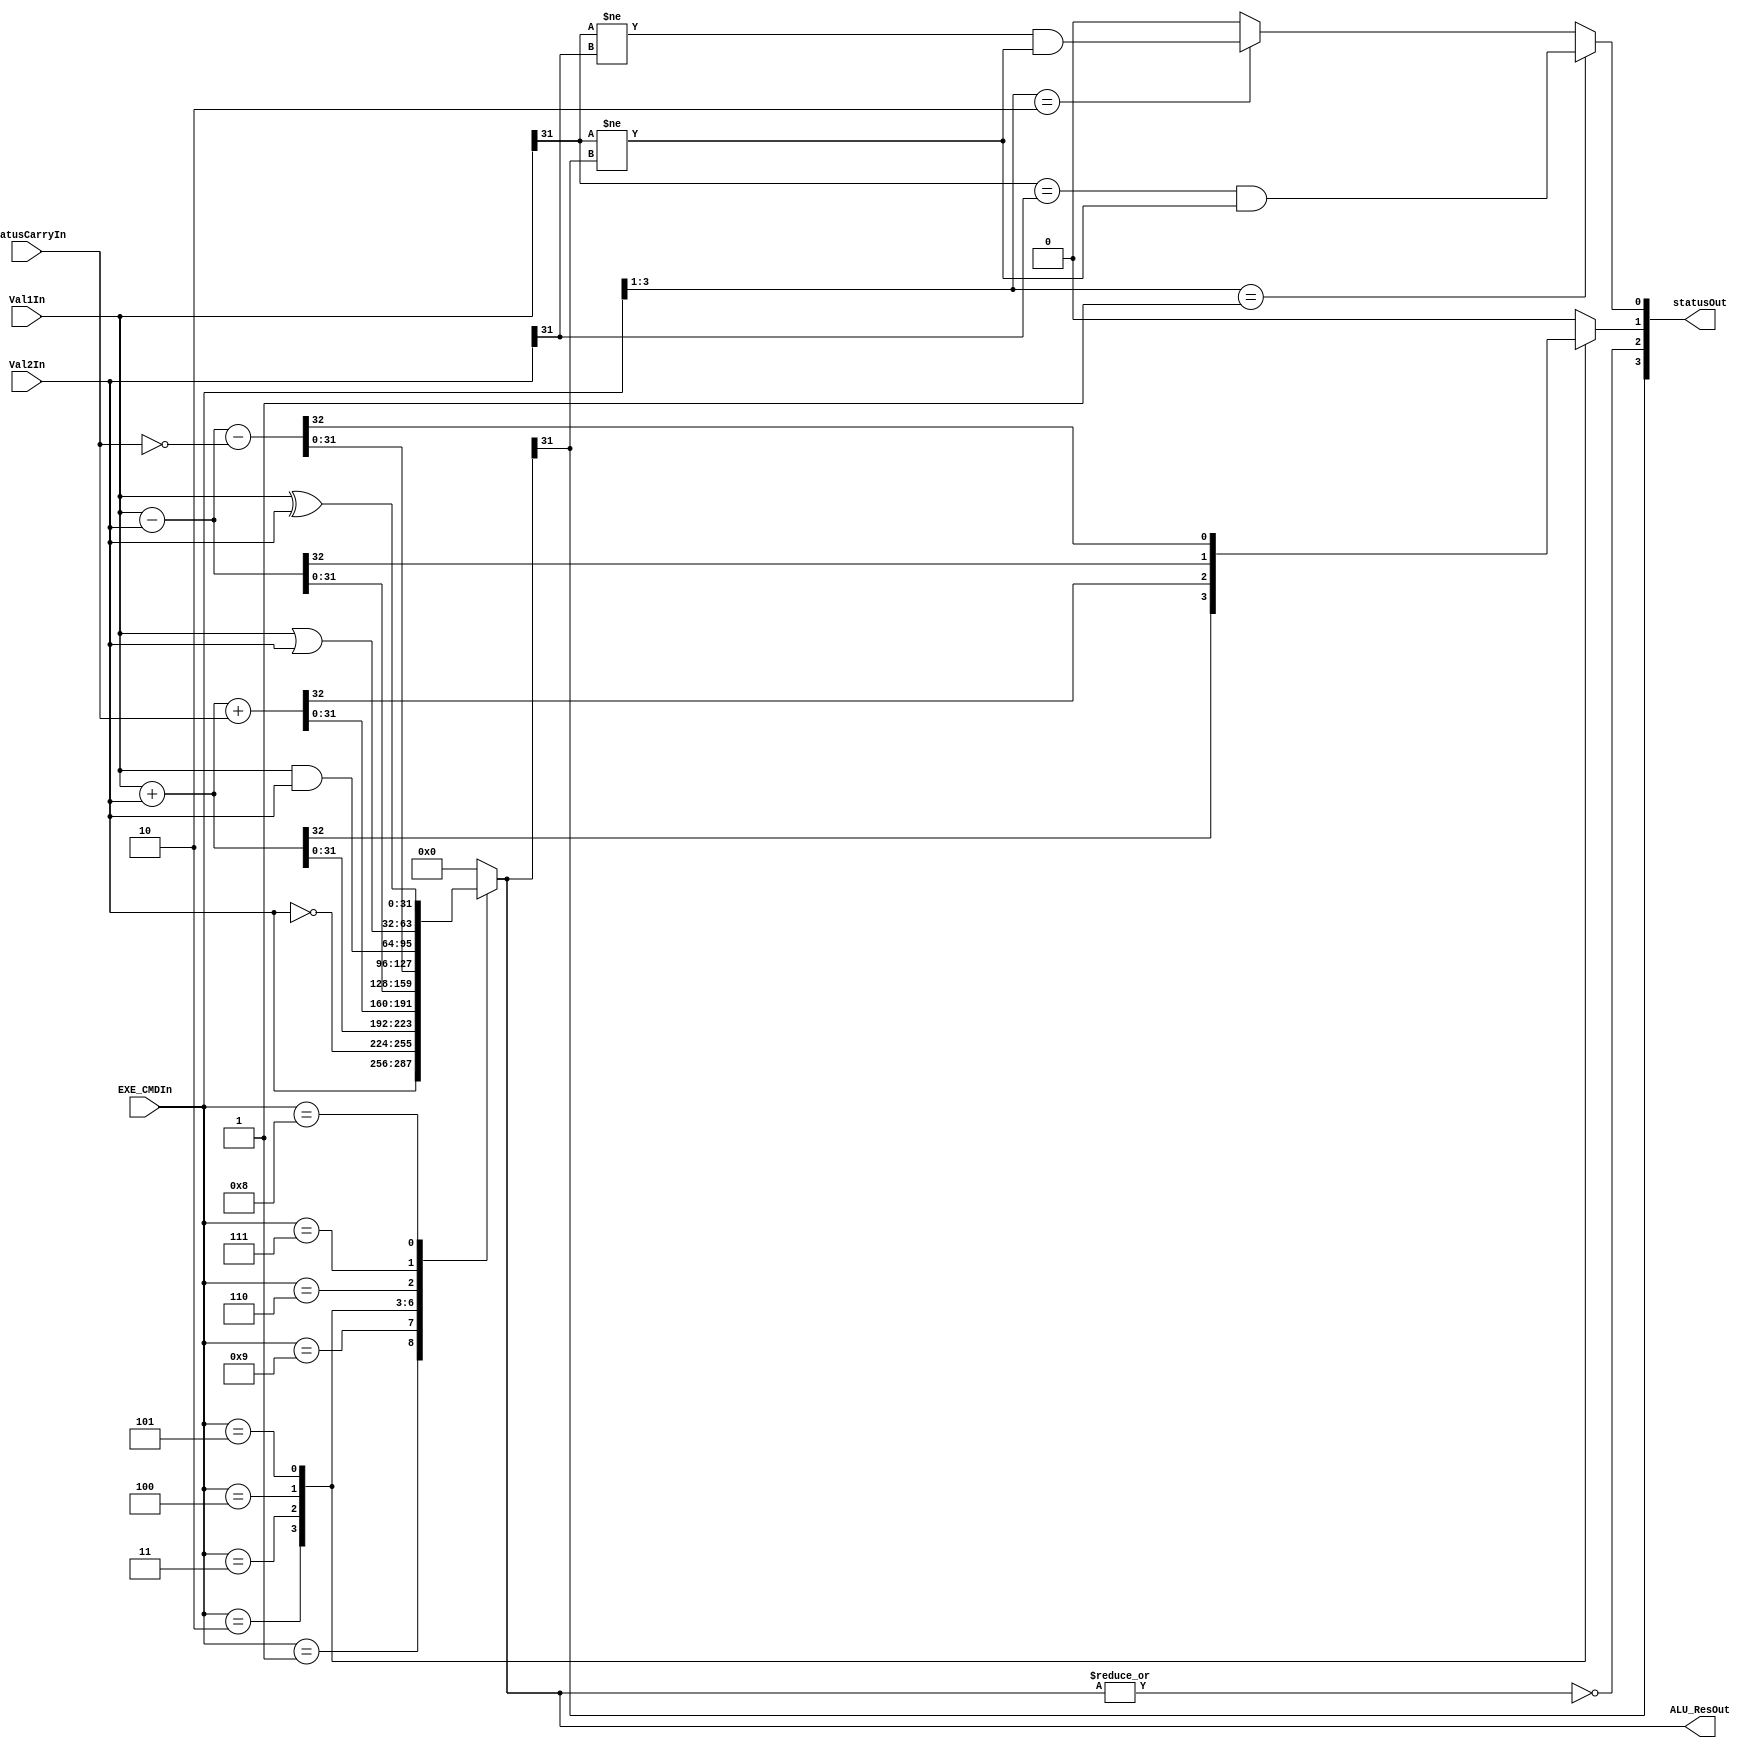
module ALU(Val1In, Val2In, EXE_CMDIn, statusCarryIn, statusOut, ALU_ResOut);
    parameter N = 32;

    input [N-1:0] Val1In, Val2In;
    input statusCarryIn;
    input [3:0] EXE_CMDIn;
    
    output reg [N-1:0] ALU_ResOut;
    output [3:0] statusOut;

    reg c, v;
    wire z, n;
    assign statusOut = {n, z, c, v};
    assign z = ~|ALU_ResOut;
    assign n = ALU_ResOut[N-1];

    wire [N-1:0] statusCarryInExt, notStatusCarryInExt;
    assign statusCarryInExt = {{(N-1){1'b0}}, statusCarryIn};
    assign notStatusCarryInExt = {{(N-1){1'b0}}, ~statusCarryIn};

    always @(EXE_CMDIn or Val1In or Val2In or statusCarryInExt or notStatusCarryInExt) begin
        c = 1'b0;
        case (EXE_CMDIn)
            4'b0001: ALU_ResOut = Val2In;                                     // MOV
            4'b1001: ALU_ResOut = ~Val2In;                                    // MVN
            4'b0010: {c, ALU_ResOut} = Val1In + Val2In;                       // ADD
            4'b0011: {c, ALU_ResOut} = Val1In + Val2In + statusCarryInExt;    // ADC
            4'b0100: {c, ALU_ResOut} = Val1In - Val2In;                       // SUB
            4'b0101: {c, ALU_ResOut} = Val1In - Val2In - notStatusCarryInExt; // SBC
            4'b0110: ALU_ResOut = Val1In & Val2In;                            // AND
            4'b0111: ALU_ResOut = Val1In | Val2In;                            // ORR
            4'b1000: ALU_ResOut = Val1In ^ Val2In;                            // EOR
            default: ALU_ResOut = {N{1'b0}};
        endcase

        v = 1'b0;
        if (EXE_CMDIn[3:1] == 3'b001) begin      // ADD, ADC
            v = (Val1In[N-1] == Val2In[N-1]) && (Val1In[N-1] != ALU_ResOut[N-1]);
        end
        else if (EXE_CMDIn[3:1] == 3'b010) begin // SUB, SBC
            v = (Val1In[N-1] != Val2In[N-1]) && (Val1In[N-1] != ALU_ResOut[N-1]);
        end

    end
endmodule